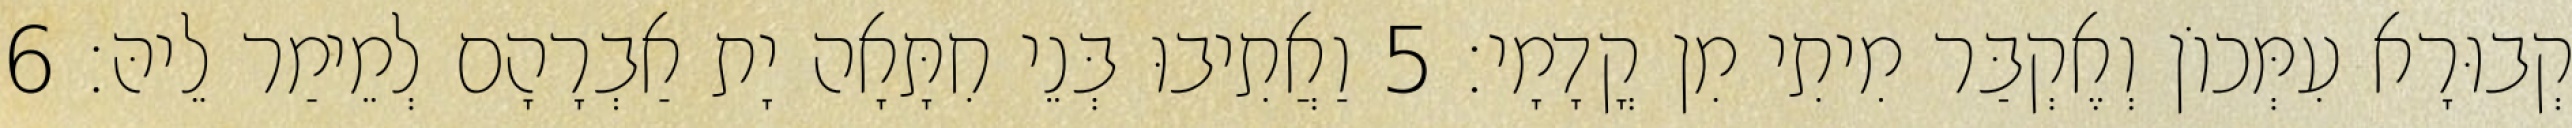
קְבוּרָא עִמְּכוֹן וְאֶקְבַּר מִיתִי מִן קֳדָמָי׃ 5 וַאֲתִיבוּ בְּנֵי חִתָּאָה יָת אַבְרָהָם לְמֵימַר לֵיהּ׃ 6